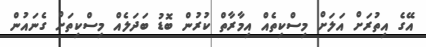
އޭގެ އިތުރަށް އަލަށް މިސްކިތެއް އިމާރާތް ކުރުން ބޮޑު ބަދަލެއް މިސްކިތަށް ގެނައުން